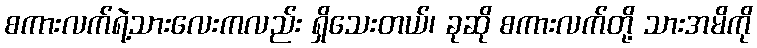
စကားလက်ရဲ့သားလေးကလည်း ရှိသေးတယ်၊ ခုဆို စကားလက်တို့ သားအမိကို